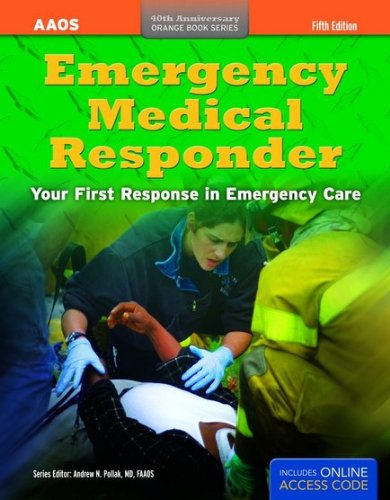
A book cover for Emergency Medical Responder: Your First Response in Emergency Care (Orange Book); American Academy of Orthopaedic Surgeons (AAOS); Medical Books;